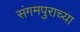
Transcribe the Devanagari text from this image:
संगमपुराच्या